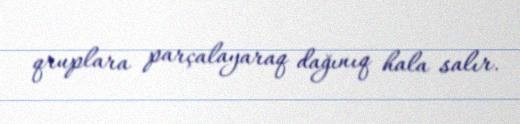
qruplara parçalayaraq dağınıq hala salır.